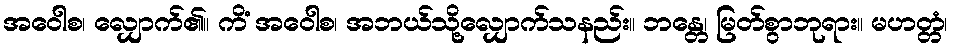
အဝေါစ၊ လျှောက်၏။ ကိံ အဝေါစ၊ အဘယ်သို့လျှောက်သနည်း။ ဘန္တေ၊ မြတ်စွာဘုရား။ မဟတ္တံ၊